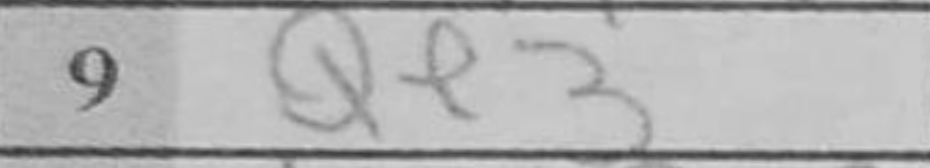
Transcription: Qe3